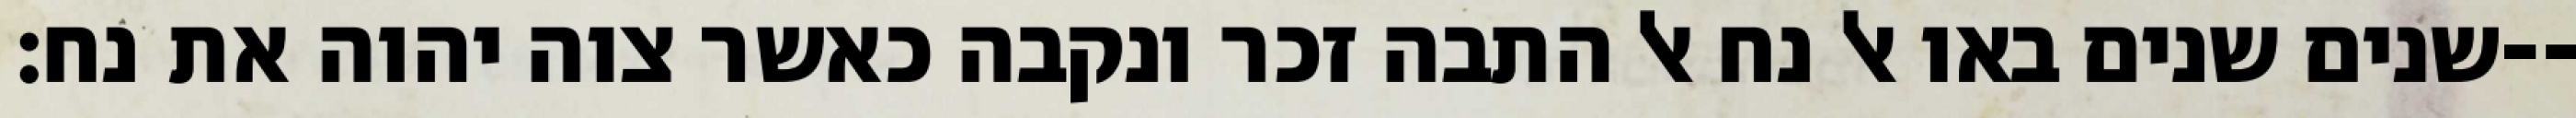
שנים שנים באו אל נח אל התבה זכר ונקבה כאשר צוה יהוה את נח׃--